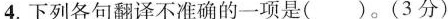
4.下列各句翻译不准确的一项是( )。(3分)